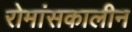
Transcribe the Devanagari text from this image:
रोमांसकालीन